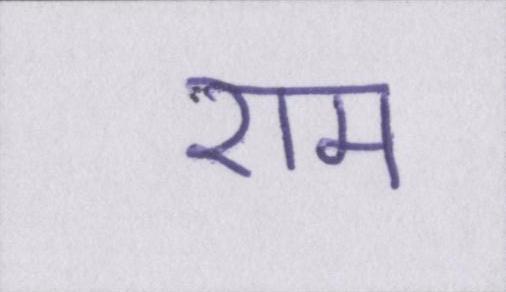
राम